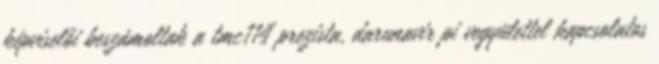
képviselői beszámoltak a tmc114 prezista, darunavir pi vegyülettel kapcsolatos